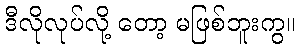
ဒီလိုလုပ်လို့ တော့ မဖြစ်ဘူးကွ။